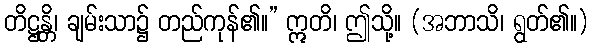
တိဋ္ဌန္တိ၊ ချမ်းသာ၌ တည်ကုန်၏။” ဣတိ၊ ဤသို့။ (အဘာသိ၊ ရွတ်၏။)